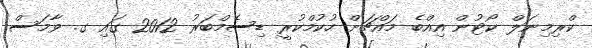
ކްރިމިނަލް ކޯޓުން އިއްބެ މައްޗަށް ހުކުމްކުރީ ޑިސެމްބަރު 2012 ގައި ގ. ވާމަސް